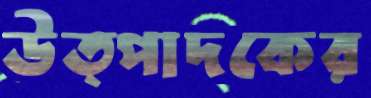
উত্পাদকের